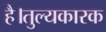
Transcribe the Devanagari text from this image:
है।तुल्यकारक